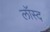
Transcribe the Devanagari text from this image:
लॉस्द